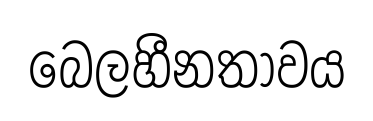
බෙලහීනතාවය